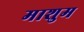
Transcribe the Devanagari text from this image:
माशुम